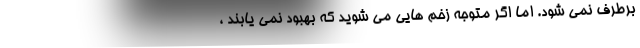
برطرف نمی شود. اما اگر متوجه زخم هایی می شوید که بهبود نمی یابند ،